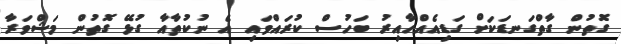
ގޮތުން ގާތްގަނޑަކަށް ގަޑިއެއްހާއިރު ބަހުސް ކުރައްވައި އެ ނުކުތާއާ ގުޅޭ ގޮތުން މަޝްވަރާ